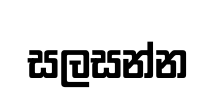
සලසන්න